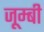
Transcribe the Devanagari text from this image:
जूम्बी